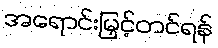
အရောင်းမြှင့်တင်ရန်